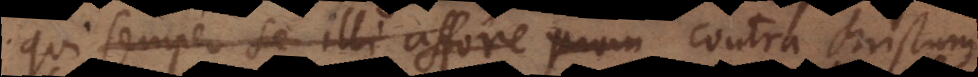
qui semper se illi affore prom Christum